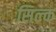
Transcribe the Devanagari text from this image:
सिल्‍क